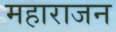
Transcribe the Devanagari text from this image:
महाराजन